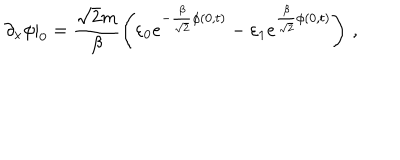
\partial _ { x } \phi | _ { 0 } = \frac { \sqrt { 2 } m } { \beta } \left( \varepsilon _ { 0 } e ^ { - \frac { \beta } { \sqrt { 2 } } \phi ( 0 , t ) } - \varepsilon _ { 1 } e ^ { \frac { \beta } { \sqrt { 2 } } \phi ( 0 , t ) } \right) \, ,